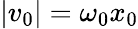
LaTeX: |v_{0}|=\omega_{0}x_{0}